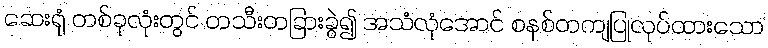
ဆေးရုံ တစ်ခုလုံးတွင် တသီးတခြားခွဲ၍ အသံလုံအောင် စနစ်တကျပြုလုပ်ထားသော